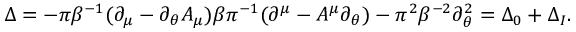
\Delta = - \pi \beta ^ { - 1 } ( \partial _ { \mu } - \partial _ { \theta } A _ { \mu } ) \beta \pi ^ { - 1 } ( \partial ^ { \mu } - A ^ { \mu } \partial _ { \theta } ) - \pi ^ { 2 } \beta ^ { - 2 } \partial _ { \theta } ^ { 2 } = \Delta _ { 0 } + \Delta _ { I } .